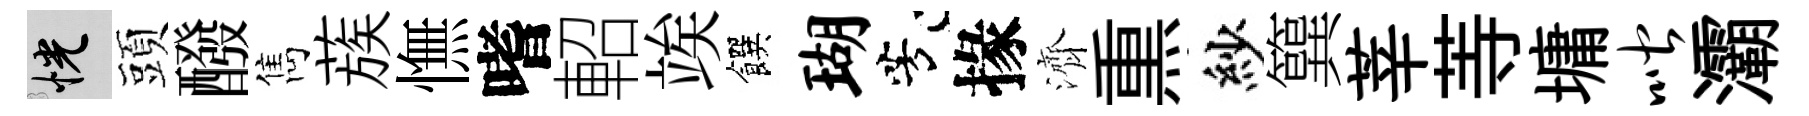
恍頭醱雋蔟憮嗜軺竢饌瑚芳掾濟𤋱紗簨莘䓁墉喈灞